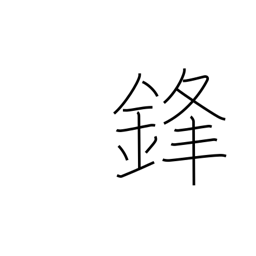
Meaning: sword's point